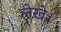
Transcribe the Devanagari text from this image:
लेखे।